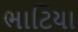
ભાટિયા